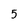
Character: 5